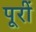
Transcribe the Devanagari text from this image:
पूरीं